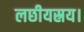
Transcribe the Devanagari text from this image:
लछीयस्रय।